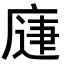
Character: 𭙨